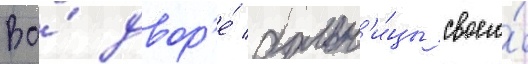
Во́ двор'е́ больн'и́цы своего́